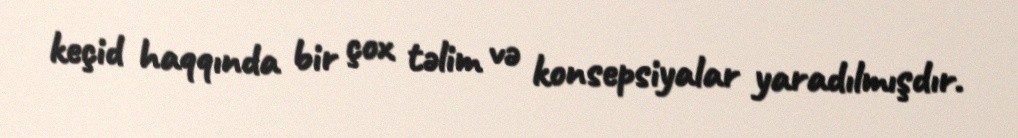
keçid haqqında bir çox təlim və konsepsiyalar yaradılmışdır.